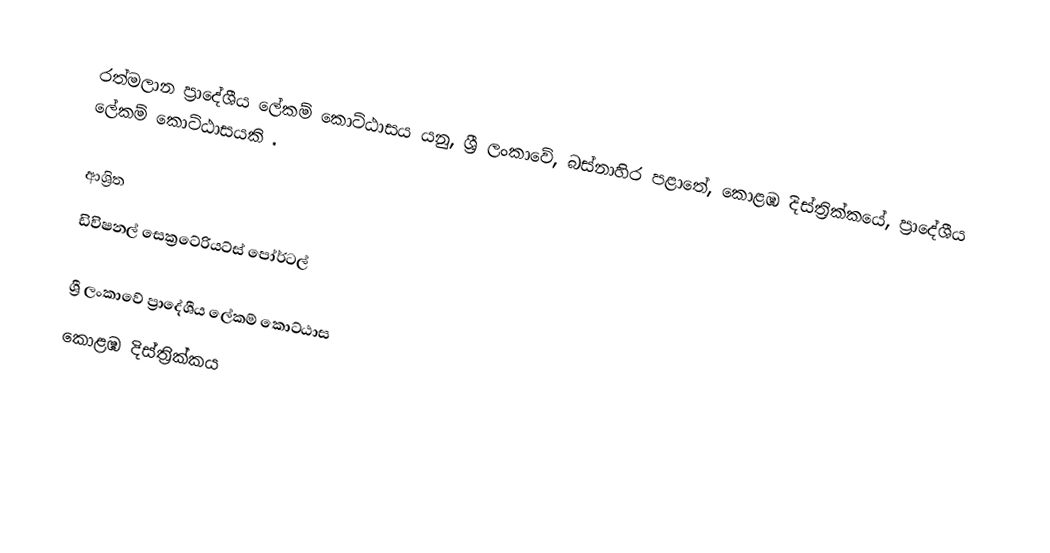
රත්මලාන ප්‍රාදේශීය ලේකම් කොට්ඨාසය යනු,  ශ්‍රී ලංකාවේ, බස්නාහිර පළාතේ,   කොළඹ දිස්ත්‍රික්කයේ, ප්‍රාදේශීය ලේකම් කොට්ඨාසයකි .

ආශ්‍රිත
 ඩිවිෂනල් සෙක්‍රටේරියට්ස් පෝර්ටල්

ශ්‍රී ලංකාවේ ප්‍රාදේශීය ලේකම් කොට්ඨාස
කොළඹ දිස්ත්‍රික්කය